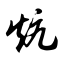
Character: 炕